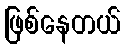
ဖြစ်နေတယ်